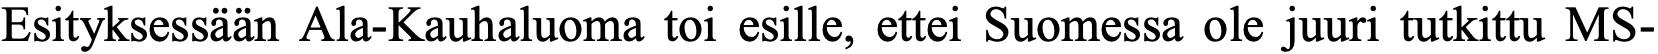
Esityksessään Ala-Kauhaluoma toi esille, ettei Suomessa ole juuri tutkittu MS-